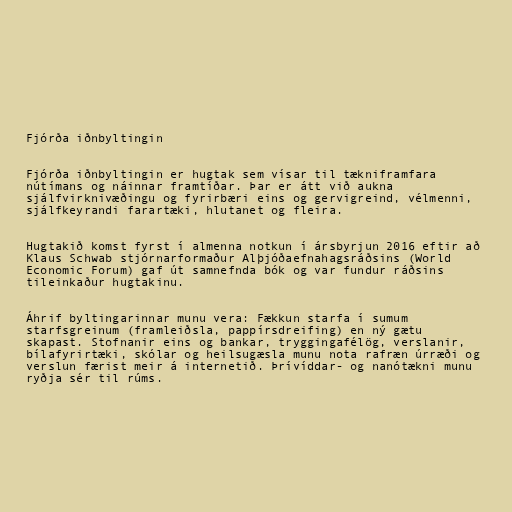
Fjórða iðnbyltingin

Fjórða iðnbyltingin er hugtak sem vísar til tækniframfara
nútímans og náinnar framtíðar. Þar er átt við aukna
sjálfvirknivæðingu og fyrirbæri eins og gervigreind, vélmenni,
sjálfkeyrandi farartæki, hlutanet og fleira.

Hugtakið komst fyrst í almenna notkun í ársbyrjun 2016 eftir að
Klaus Schwab stjórnarformaður Alþjóðaefnahagsráðsins (World
Economic Forum) gaf út samnefnda bók og var fundur ráðsins
tileinkaður hugtakinu.

Áhrif byltingarinnar munu vera: Fækkun starfa í sumum
starfsgreinum (framleiðsla, pappírsdreifing) en ný gætu
skapast. Stofnanir eins og bankar, tryggingafélög, verslanir,
bílafyrirtæki, skólar og heilsugæsla munu nota rafræn úrræði og
verslun færist meir á internetið. Þrívíddar- og nanótækni munu
ryðja sér til rúms.